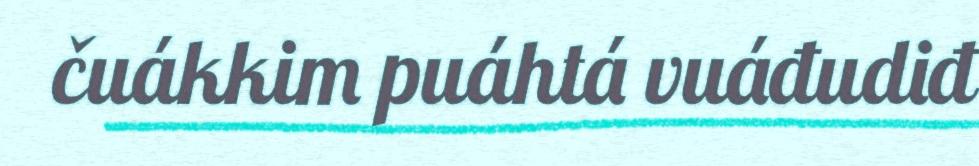
čuákkim puáhtá vuáđudiđ